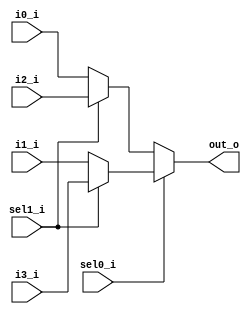
// This program was cloned from: https://github.com/mbaykenar/digital-logic-design
// License: Apache License 2.0

`timescale 1ns / 1ps
//////////////////////////////////////////////////////////////////////////////////
// Company: 
// Engineer: 
// 
// Design Name: 
// Module Name: mux_4_1_assign
// Project Name: 
// Target Devices: 
// Tool Versions: 
// Description: 
// 
// Dependencies: 
// 
// Revision:
// Revision 0.01 - File Created
// Additional Comments:
// 
//////////////////////////////////////////////////////////////////////////////////


module mux_4_1_assign
(
input i0_i,
input i1_i,
input i2_i,
input i3_i,
input sel0_i,
input sel1_i,
output out_o
);

assign out_o =  (sel0_i == 1'b0) ? 
                (sel1_i == 1'b0) ? i0_i : i2_i :
                (sel1_i == 1'b0) ? i1_i : i3_i;


endmodule